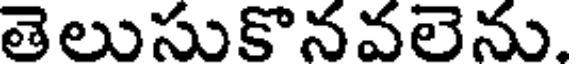
తెలుసుకొనవలెను.